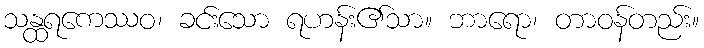
သန္ထရကေဿဝ၊ ခင်းသော ရဟန်း၏သာ။ ဘာရော၊ တာဝန်တည်း။